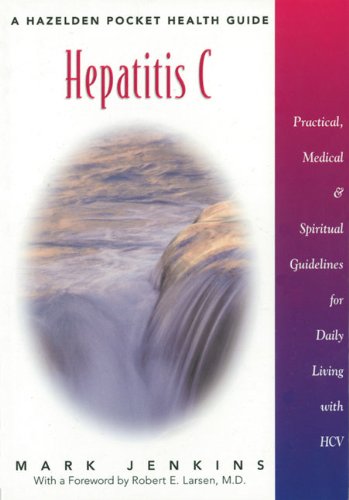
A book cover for Hepatitis C: A Hazelden Pocket Health Guide (Hazelden Pocket Health Guides); Mark Jenkins; Health, Fitness & Dieting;